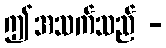
ဤအသက်သည် -